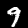
Digit: 9